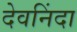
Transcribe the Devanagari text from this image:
देवनिंदा